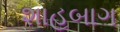
શાહબાગ